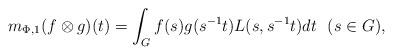
LaTeX: \begin{align*}m_{\Phi,1}(f\otimes g)(t)=\int_G f(s)g(s^{-1}t)L(s, s^{-1}t) dt \ \ (s\in G),\end{align*}